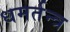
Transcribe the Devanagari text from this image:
धमर्तन्त्र